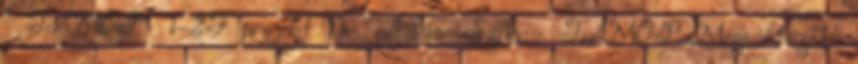
” TÁMOP 1-2F projekt Dr. Ádám Szilvia. TÁMOP „Megváltozott